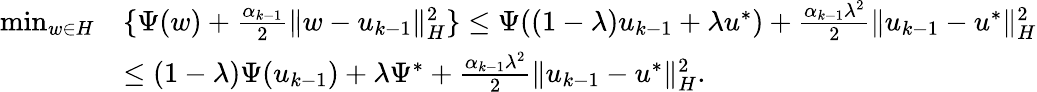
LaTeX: \begin{array}{rl}{\operatorname*{min}_{w\in{H}}}&{\{ {\Psi}(w)+\frac{{\alpha}_{k-1}}{2}\| w-u_{k-1}\| _{H}^{2}\} \leq{\Psi}((1-\lambda)u_{k-1}+\lambda u^{*})+\frac{{\alpha}_{k-1}\lambda^{2}}{2}\| u_{k-1}-u^{*}\| _{H}^{2}}\\ &{\leq(1-\lambda){\Psi}(u_{k-1})+\lambda{\Psi}^{*}+\frac{{\alpha}_{k-1}\lambda^{2}}{2}\| u_{k-1}-u^{*}\| _{H}^{2}.}\end{array}